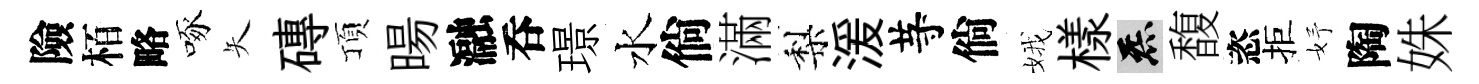
險栢略啄矢磚頂暘瀜呑璟水倘滿梨湲䒭倘娥樣炁馥恣拒妤陶姝